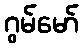
ဂွမ်မော်